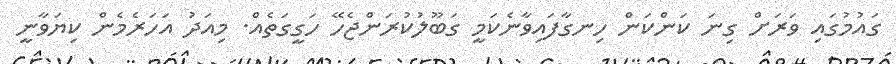
ގައުމުގައި ވަރަށް ގިނަ ކަންކަން ހިނގާފައިވާނެކަމީ ގަބޫލުކުރަންޖެހޭ ހަގީގަތެއް. މިއަދު އަހަރެމެން ކިޔަވާނީ